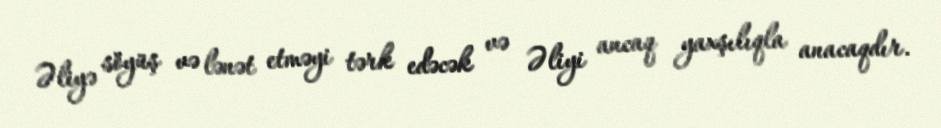
Əliyə söyüş və lənət etməyi tərk edəcək və Əliyi ancaq yaxşılıqla anacaqdır.